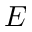
E